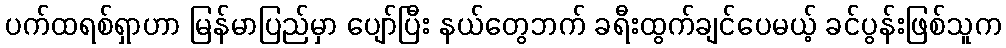
ပက်ထရစ်ရှာဟာ မြန်မာပြည်မှာ ပျော်ပြီး နယ်တွေဘက် ခရီးထွက်ချင်ပေမယ့် ခင်ပွန်းဖြစ်သူက